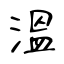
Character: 溫